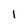
Character: I